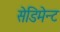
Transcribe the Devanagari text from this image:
सेडिमेन्ट